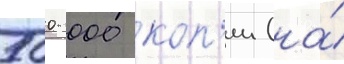
500 000 коп'ии (на́